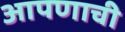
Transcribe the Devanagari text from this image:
आपणाची